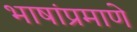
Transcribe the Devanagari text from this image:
भाषांप्रमाणे